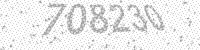
Solution: 708230